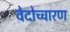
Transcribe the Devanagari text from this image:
वेदोच्चारण